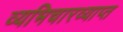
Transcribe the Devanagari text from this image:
व्यभिचारव्याप्त